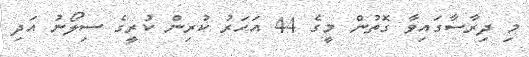
މި ދިރާސާގައިވާ ގޮތުން މީގެ 44 އަހަރު ކުރިން ކުރީގެ ސިލޯނު އަދި